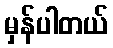
မှန်ပါတယ်